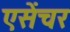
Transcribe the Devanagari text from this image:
एसेंचर